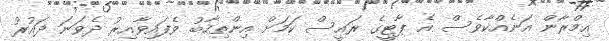
އިމްރާން އަނެއްކާވެސް އެ ޕާޓީގެ ރައީސް ކަމަށް އިންތިހާބު ވެފައިވާއިރު ދެވަނަ ދައުރު